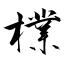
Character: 檏